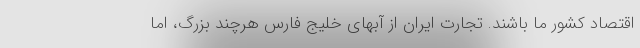
اقتصاد کشور ما باشند. تجارت ایران از آبهای خلیج فارس هرچند بزرگ، اما